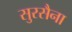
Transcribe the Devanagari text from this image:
सुरसैना